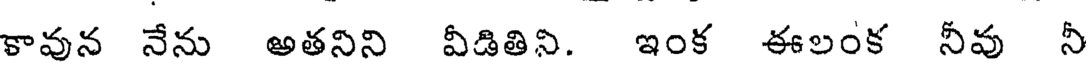
కావున నేను అతనిని వీడితిని. ఇంక ఈలంక నీవు నీ